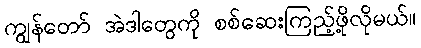
ကျွန်တော် အဲဒါတွေကို စစ်ဆေးကြည့်ဖို့လိုမယ်။